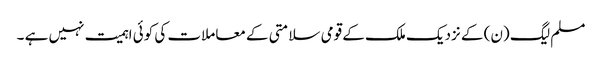
مسلم لیگ (ن) کے نزدیک ملک کے قومی سلامتی کے معاملات کی کوئی اہمیت نہیں ہے ۔